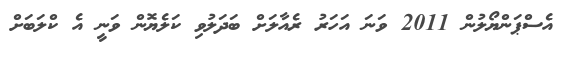
އެސްޕަންޔޯލުން 2011 ވަނަ އަހަރު ރެއާލަށް ބަދަލުވި ކަލެޔޮން ވަނީ އެ ކްލަބަށް